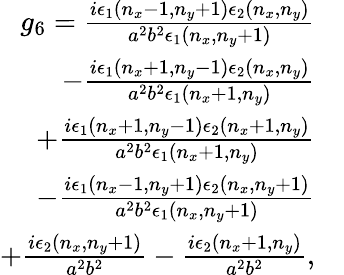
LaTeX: \begin{array}{rl}{g_{6}=\frac{i\epsilon_{1}\left(n_{x}-1,n_{y}+1\right)\epsilon_{2}\left(n_{x},n_{y}\right)}{a^{2}b^{2}\epsilon_{1}\left(n_{x},n_{y}+1\right)}}&{}\\ {-\frac{i\epsilon_{1}\left(n_{x}+1,n_{y}-1\right)\epsilon_{2}\left(n_{x},n_{y}\right)}{a^{2}b^{2}\epsilon_{1}\left(n_{x}+1,n_{y}\right)}}&{}\\ {+\frac{i\epsilon_{1}\left(n_{x}+1,n_{y}-1\right)\epsilon_{2}\left(n_{x}+1,n_{y}\right)}{a^{2}b^{2}\epsilon_{1}\left(n_{x}+1,n_{y}\right)}}&{}\\ {-\frac{i\epsilon_{1}\left(n_{x}-1,n_{y}+1\right)\epsilon_{2}\left(n_{x},n_{y}+1\right)}{a^{2}b^{2}\epsilon_{1}\left(n_{x},n_{y}+1\right)}}&{}\\ {+\frac{i\epsilon_{2}\left(n_{x},n_{y}+1\right)}{a^{2}b^{2}}-\frac{i\epsilon_{2}\left(n_{x}+1,n_{y}\right)}{a^{2}b^{2}},}\end{array}